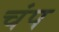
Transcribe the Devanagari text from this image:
चंप